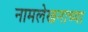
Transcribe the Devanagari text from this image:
नामलेखनाच्या